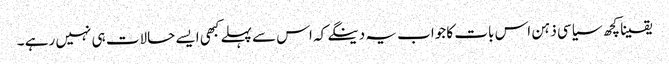
یقینا کچھ سیاسی ذہن اس بات کا جواب یہ دینگے کہ اس سے پہلے کبھی ایسے حالات ہی نہیں رہے ۔